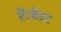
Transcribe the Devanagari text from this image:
हैं।बेस्ट